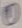
Text: 1